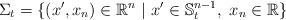
LaTeX: \begin{align*}\Sigma_t=\{(x',x_n)\in \mathbb{R}^n\ |\ x'\in \mathbb{S}_t^{n-1},\ x_n\in \mathbb{R}\}\end{align*}